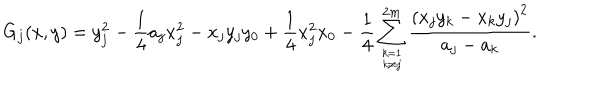
G _ { j } ( x , y ) = y _ { j } ^ { 2 } - { \frac { 1 } { 4 } } a _ { j } x _ { j } ^ { 2 } - x _ { j } y _ { j } y _ { 0 } + { \frac { 1 } { 4 } } x _ { j } ^ { 2 } x _ { 0 } - { \frac { 1 } { 4 } } \sum _ { k = 1 \atop k \neq j } ^ { 2 m } { \frac { \left( x _ { j } y _ { k } - x _ { k } y _ { j } \right) ^ { 2 } } { a _ { j } - a _ { k } } } .